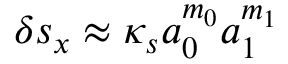
\delta s _ { x } \approx \kappa _ { s } a _ { 0 } ^ { m _ { 0 } } a _ { 1 } ^ { m _ { 1 } }